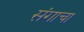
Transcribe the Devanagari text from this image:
संगाचा